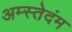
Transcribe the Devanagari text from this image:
अम्स्तेदंम